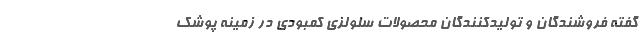
گفته فروشندگان و تولیدکنندگان محصولات سلولزی کمبودی در زمینه پوشک